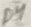
Text: D4